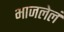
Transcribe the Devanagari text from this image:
भाजलेलं